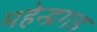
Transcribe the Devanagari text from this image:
महेन्द्रगड